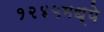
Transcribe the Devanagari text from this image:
१२४५मध्ये